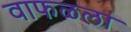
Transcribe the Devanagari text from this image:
वाफळला